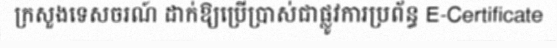
ក្រសួងទេសចរណ៍ ដាក់ឱ្យប្រើប្រាស់ជាផ្លូវការប្រព័ន្ធ E-Certificate